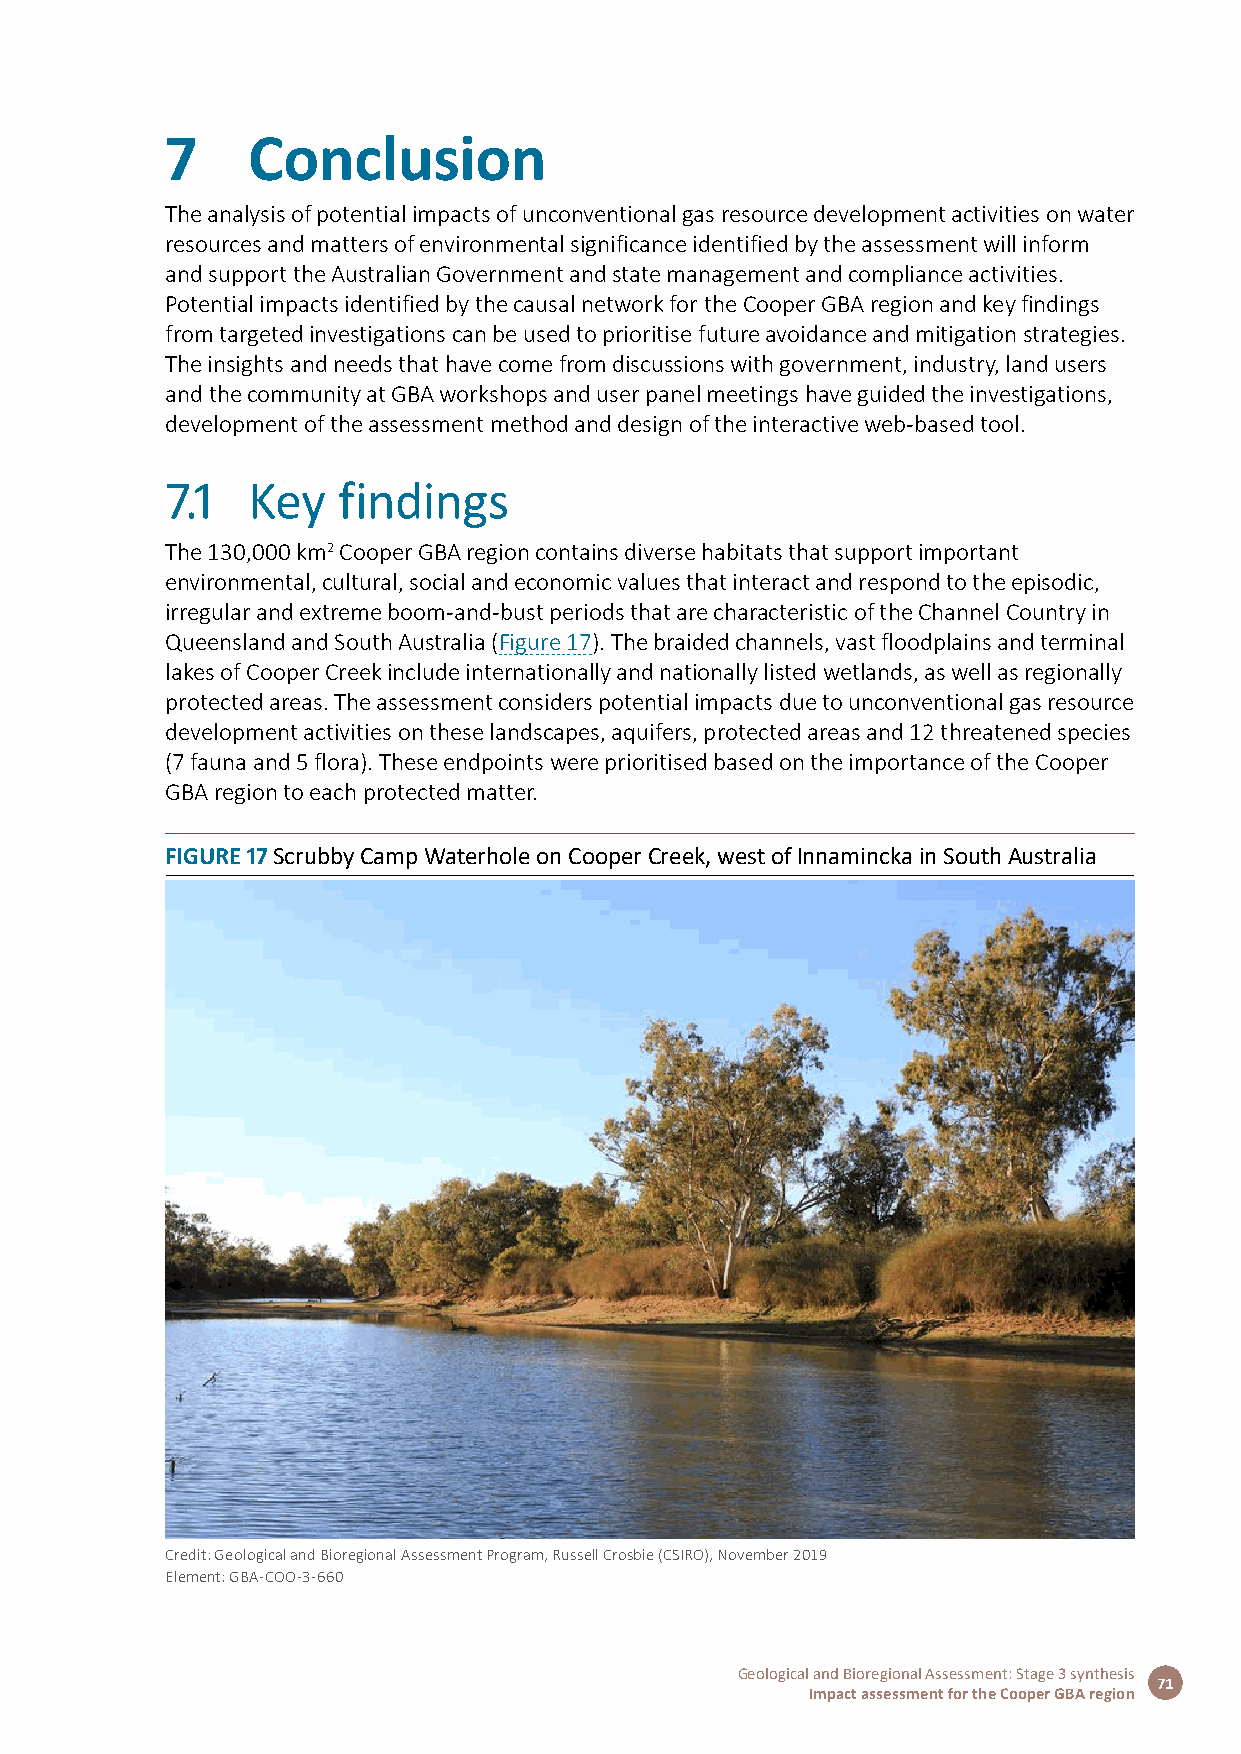
7    Conclusion
 The analysis of potential impacts of unconventional gas resource development activities on water
 resources and matters of environmental significance identified by the assessment will inform
 and support the Australian Government and state management and compliance activities.
 Potential impacts identified by the causal network for the Cooper GBA region and key findings
 from targeted investigations can be used to prioritise future avoidance and mitigation strategies.
 The insights and needs that have come from discussions with government, industry, land users
 and the community at GBA workshops and user panel meetings have guided the investigations,
 development of the assessment method and design of the interactive web-based tool.
 7.1  Key   findings
 The 130,000 km2 Cooper GBA region contains diverse habitats that support important
 environmental, cultural, social and economic values that interact and respond to the episodic,
 irregular and extreme boom-and-bust periods that are characteristic of the Channel Country in
 Queensland and South Australia (Figure 17). The braided channels, vast floodplains and terminal
 lakes of Cooper Creek include internationally and nationally listed wetlands, as well as regionally
 protected areas. The assessment considers potential impacts due to unconventional gas resource
 development activities on these landscapes, aquifers, protected areas and 12 threatened species
 (7 fauna and 5 flora). These endpoints were prioritised based on the importance of the Cooper
 GBA region to each protected matter.
 FIGURE 17 Scrubby Camp Waterhole on Cooper Creek, west of Innamincka in South Australia
 Credit: Geological and Bioregional Assessment Program, Russell Crosbie (CSIRO), November 2019
 Element: GBA-COO-3-660
 Geological and Bioregional Assessment: Stage 3 synthesis
 71
 Impact assessment for the Cooper GBA region